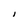
Character: l